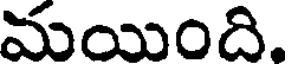
మయింది.